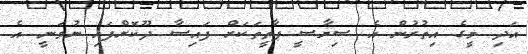
އަދި މީގެ އިތުރުން އެ ސިޔާސީ ޕާތީތަކަށް ފައިސާ ދޫކޮށްފައި ނުވަނީ އެ